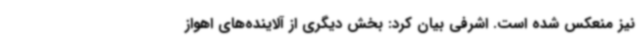
نیز منعکس شده است. اشرفی بیان کرد: بخش دیگری از آلاینده‌های اهواز